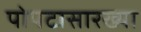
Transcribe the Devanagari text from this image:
पोपटासारख्या